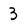
Character: 3